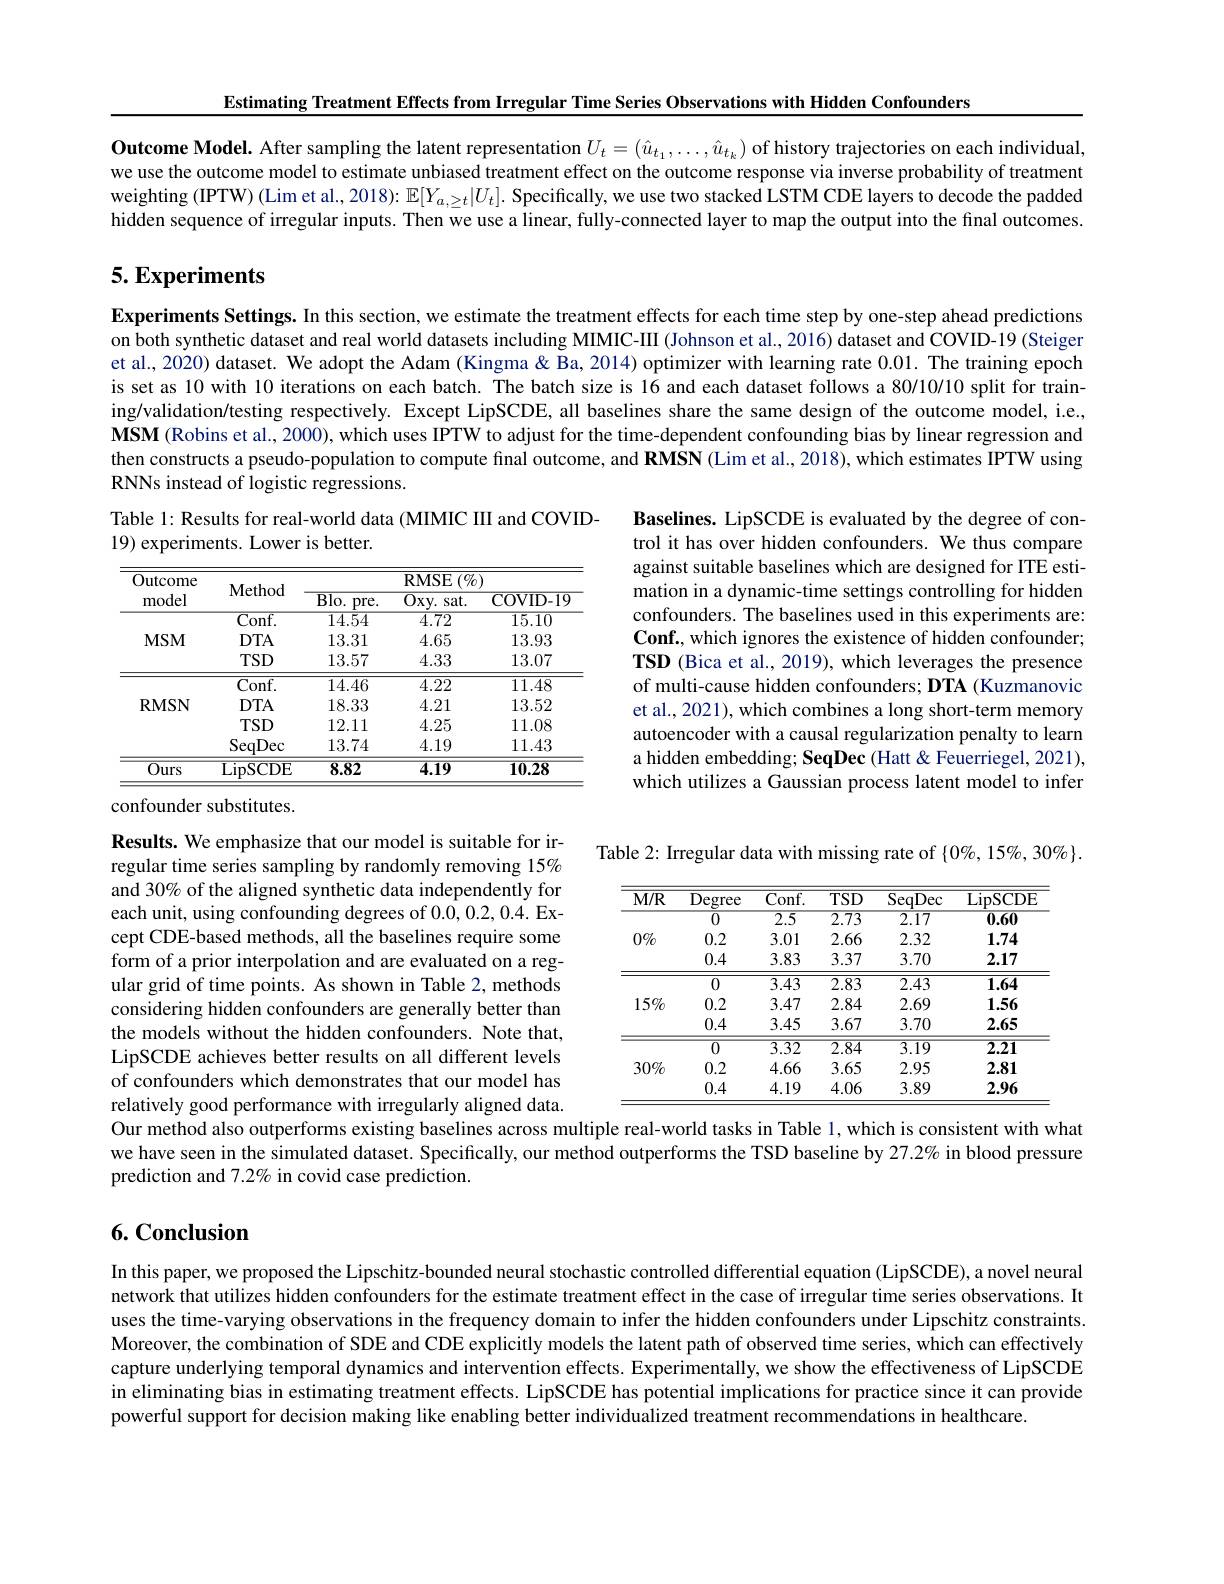
Estimating Treatment Effects from Irregular Time Series Observations with Hidden Confounders

Outcome Model. After sampling the latent representation $U_t=(\hat{u}_{t_1},\ldots,\hat{u}_{t_k})$ of history trajectories on each individual, we use the outcome model to estimate unbiased treatment effect on the outcome response via inverse probability of treatment weighting (IPTW) (Lim et al., 2018): $\mathbb{E}[Y_{a,\geq t}|U_t].$ Specifically, we use two stacked LSTM CDE layers to decode the padded hidden sequence of irregular inputs. Then we use a linear, fully-connected layer to map the output into the final outcomes.

## 5. Experiments

Experiments Settings. In this section, we estimate the treatment effects for each time step by one-step ahead predictions on both synthetic dataset and real world datasets including MIMIC-III (Johnson et al., 2016) dataset and COVID-19 (Steiger et al., 2020) dataset. We adopt the Adam (Kingma& Ba, 2014) optimizer with learning rate 0.01. The training epoch is set as 10 with 10 iterations on each batch. The batch size is 16 and each dataset follows a 80/10/10 split for training/validation/testing respectively. Except LipSCDE, all baselines share the same design of the outcome model, ie., $\mathbf{MSM}$ (Robins et al., 2000), which uses IPTW to adjust for the time-dependent confounding bias by linear regression and then constructs a pseudo-population to compute final outcome, and RMSN (Lim et al., 2018), which estimates IPTW using RNNs instead of logistic regressions.

Table 1: Results for real-world data (MIMIC III and COVID-
19) experiments. Lower is better.

Baselines. LipSCDE is evaluated by the degree of control it has over hidden confounders. We thus compare against suitable baselines which are designed for ITE estimation in a dynamic-time settings controlling for hidden confounders. The baselines used in this experiments are: Conf., which ignores the existence of hidden confounder; TSD (Bica et al., 2019), which leverages the presence of multi-cause hidden confounders; DTA (Kuzmanovic et al., 2021), which combines a long short-term memory autoencoder with a causal regularization penalty to learn a hidden embedding; SeqDec (Hatt& Feuerriegel, 2021), which utilizes a Gaussian process latent model to infer

<table>
	<tbody>
		<tr>
			<th rowspan="3">Outcome model</th>
			<th>$\mathbf{Method}$</th>
			<th>$\overline{{\mathrm{Blo.~pre.}}}$</th>
			<th>$\operatorname{RMSE}\left(\%\right)$ Oxy. sat. </th>
			<th>1 COVID- 19</th>
		</tr>
		<tr>
			<th> </th>
			<th colspan="3">$\operatorname{RMSE}\left(\%\right)$</th>
		</tr>
		<tr>
			<th>${\mathbf{Nlethod}}$</th>
			<th>$\overline{Blo.}$ $pre.$</th>
			<th>$\overline{\mathrm{Oxy.~sat.}}$</th>
			<th>COVID- 19</th>
		</tr>
		<tr>
			<td rowspan="3">$MSM$</td>
			<td>Conf. </td>
			<td>14.54</td>
			<td>$\overline{4.72}$</td>
			<td>$\overline{15.10}$</td>
		</tr>
		<tr>
			<td>$DTA$</td>
			<td>13.31</td>
			<td>4.65</td>
			<td>13.93</td>
		</tr>
		<tr>
			<td>$TSD$</td>
			<td>13.57</td>
			<td>4.33</td>
			<td>13.07</td>
		</tr>
		<tr>
			<td rowspan="4">RMSN</td>
			<td>Conf. </td>
			<td>14.46</td>
			<td>4.22</td>
			<td>11.48</td>
		</tr>
		<tr>
			<td>$DTA$</td>
			<td>18.33</td>
			<td>4.21</td>
			<td>13.52</td>
		</tr>
		<tr>
			<td>$TSD$</td>
			<td>12.11</td>
			<td>4.25</td>
			<td>11.08</td>
		</tr>
		<tr>
			<td>SeqDec</td>
			<td>13.74</td>
			<td>4.19</td>
			<td>11.43</td>
		</tr>
		<tr>
			<td>$\overline{Ours}$</td>
			<td>$\overline{\mathrm{LipSCDE}}$</td>
			<td>8.82</td>
			<td>4.19</td>
			<td>$\overline{10.28}$</td>
		</tr>
	</tbody>
</table>
confounder substitutes.

Table 2: Irregular data with missing rate of $\{0\%,15\%,30\%\}.$

<table>
	<tbody>
		<tr>
			<th>$M/R$</th>
			<th>Degree</th>
			<th>Conf. </th>
			<th>$TSD$</th>
			<th>SeqDec</th>
			<th>LipSCDE</th>
		</tr>
		<tr>
			<td rowspan="3">$0\%$</td>
			<td>$\overline{0}$</td>
			<td>2.5</td>
			<td>$\overline{2.73}$</td>
			<td>$\overline{2.17}$</td>
			<td>$\overline{0.60}$</td>
		</tr>
		<tr>
			<td>0.2</td>
			<td>3.01</td>
			<td>2.66</td>
			<td>2.32</td>
			<td>1.74</td>
		</tr>
		<tr>
			<td>0.4</td>
			<td>3.83</td>
			<td>3.37</td>
			<td>3.70</td>
			<td>2.17</td>
		</tr>
		<tr>
			<td rowspan="3">$15\%$</td>
			<td>0</td>
			<td>3.43</td>
			<td>2.83</td>
			<td>2.43</td>
			<td>1.64</td>
		</tr>
		<tr>
			<td>0.2</td>
			<td>3.47</td>
			<td>2.84</td>
			<td>2.69</td>
			<td>1.56</td>
		</tr>
		<tr>
			<td>0.4</td>
			<td>3.45</td>
			<td>3.67</td>
			<td>3.70</td>
			<td>2.65</td>
		</tr>
		<tr>
			<td rowspan="3">$30\%$</td>
			<td>$\overline{0}$</td>
			<td>$\overline{3.32}$</td>
			<td>$\overline{2.84}$</td>
			<td>$\overline{3.19}$</td>
			<td>$\overline{2.21}$</td>
		</tr>
		<tr>
			<td>0.2</td>
			<td>4.66</td>
			<td>3.65</td>
			<td>2.95</td>
			<td>2.81</td>
		</tr>
		<tr>
			<td>0.4</td>
			<td>4.19</td>
			<td>4.06</td>
			<td>3.89</td>
			<td>2.96</td>
		</tr>
	</tbody>
</table>

Results. We emphasize that our model is suitable for irregular time series sampling by randomly removing 15% and 30% of the aligned synthetic data independently for each unit, using confounding degrees of 0.0,0.2,0.4. Except CDE-based methods, all the baselines require some form of a prior interpolation and are evaluated on a regular grid of time points. As shown in Table 2, methods considering hidden confounders are generally better than the models without the hidden confounders. Note that, LipSCDE achieves better results on all different levels of confounders which demonstrates that our model has relatively good performance with irregularly aligned data. Our method also outperforms existing baselines across multiple real-world tasks in Table 1, which is consistent with what we have seen in the simulated dataset. Specifically, our method outperforms the TSD baseline by $27.2\%$ in blood pressure prediction and 7.2% in covid case prediction.

## 6. Conclusion

In this paper, we proposed the Lipschitz-bounded neural stochastic controlled differential equation (LipSCDE), a novel neural network that utilizes hidden confounders for the estimate treatment effect in the case of irregular time series observations. It uses the time-varying observations in the frequency domain to infer the hidden confounders under Lipschitz constraints. Moreover, the combination of SDE and CDE explicitly models the latent path of observed time series, which can effectively capture underlying temporal dynamics and intervention effects. Experimentally, we show the effectiveness of LipSCDE in eliminating bias in estimating treatment effects. LipSCDE has potential implications for practice since it can provide powerful support for decision making like enabling better individualized treatment recommendations in healthcare.